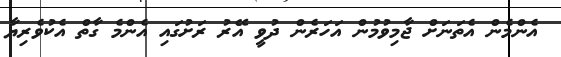
އެންމެން އެތަނަށް ޖާމިވުމުން އަހަރެން ދުވީ އޭރު ރަށުގައި އެންމެ ގާތް އެކުވެރިޔާ